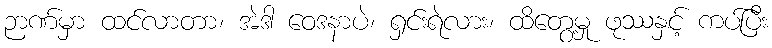
ဉာဏ်မှာ ထင်လာတာ၊ အဲဒါ ဝေဒနာပဲ၊ ရှင်းရဲလား၊ ထိတွေ့မှု ဖုဿနှင့် ကပ်ပြီး